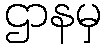
ဌာနမှ